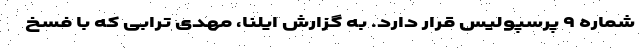
شماره ۹ پرسپولیس قرار دارد. به گزارش ایلنا، مهدی ترابی که با فسخ